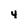
Character: 4